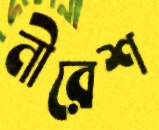
নীরেশ